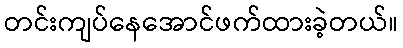
တင်းကျပ်နေအောင်ဖက်ထားခဲ့တယ်။